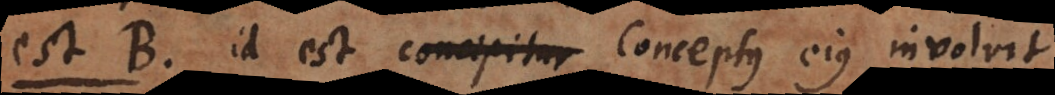
Est B, id est concipitur conceptus ejus, involvit